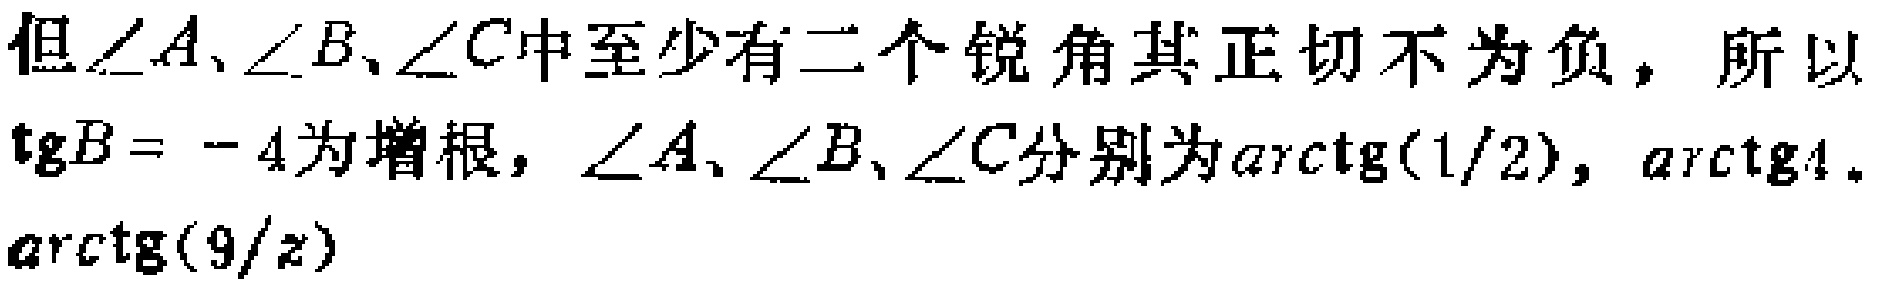
但\(\angle A\)、\(\angle B\)、\(\angle C\)中至少有二个锐角其正切不为负，所以\(\mathrm{tg}B = - 4\)为增根，\(\angle A\)、\(\angle B\)、\(\angle C\)分别为\(\mathrm{arctg}(1/2)\)，\(\mathrm{arctg}4\)，\(\mathrm{arctg}(9/z)\)